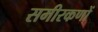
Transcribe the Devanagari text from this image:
समीरकणों